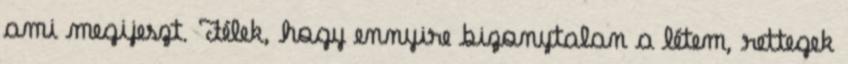
ami megijeszt. Félek, hogy ennyire bizonytalan a létem, rettegek